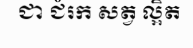
ជា ជំរក សត្វ ល្អិត